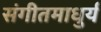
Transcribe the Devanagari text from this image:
संगीतमाधुर्य